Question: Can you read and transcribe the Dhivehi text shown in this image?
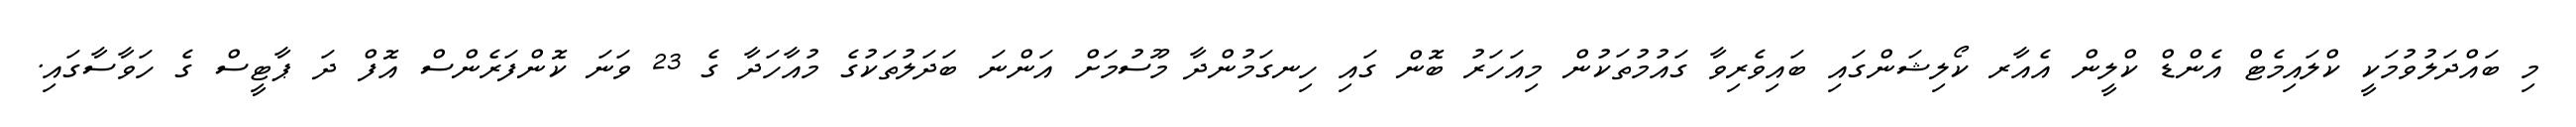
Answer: މި ބައްދަލުވުމަކީ ކްލައިމެޓް އެންޑް ކްލީން އެއާރ ކޯލިޝަންގައި ބައިވެރިވާ ގައުމުތަކުން މިއަހަރު ބޮން ގައި ހިނގަމުންދާ މޫސުމަށް އަންނަ ބަދަލުތަކުގެ މުއާހަދާ ގެ 23 ވަނަ ކޮންފަރެންސް އޮފް ދަ ޕާޓީސް ގެ ހަވާސާގައި.